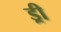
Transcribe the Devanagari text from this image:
ड्री